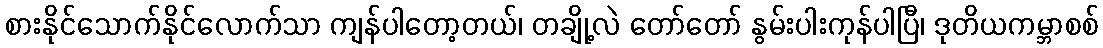
စားနိုင်သောက်နိုင်လောက်သာ ကျန်ပါတော့တယ်၊ တချို့လဲ တော်တော် နွမ်းပါးကုန်ပါပြီ၊ ဒုတိယကမ္ဘာစစ်